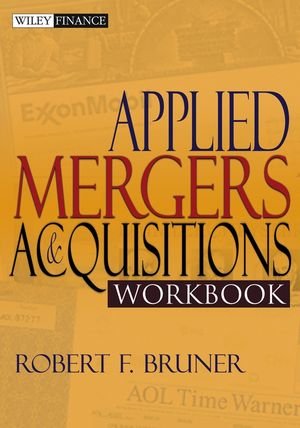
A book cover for Applied Mergers and Acquisitions Workbook; Robert F. Bruner; Business & Money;